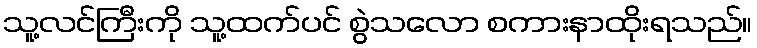
သူ့လင်ကြီးကို သူ့ထက်ပင် စွဲသလော စကားနာထိုးရသည်။